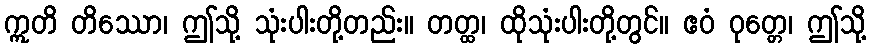
ဣတိ တိဿော၊ ဤသို့ သုံးပါးတို့တည်း။ တတ္ထ၊ ထိုသုံးပါးတို့တွင်။ ဧဝံ ဝုတ္တေ၊ ဤသို့